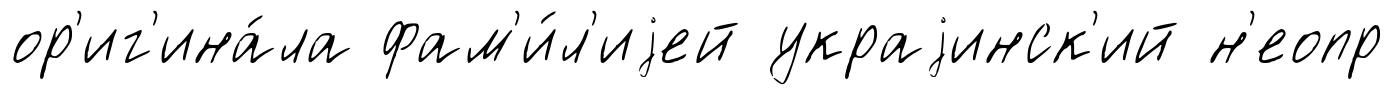
ор'иг'ина́ла фам'и́л'иjей украjинск'ий н'еопр